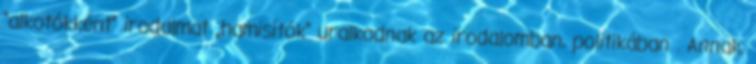
"alkotókként” irodalmat „hamisítók” uralkodnak az irodalomban, politikában . Annak,